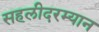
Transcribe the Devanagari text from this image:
सहलीदरम्यान